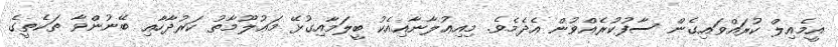
އީމެއިލް ކުރައްވައިގެން ސާފުކުރެއްވުން އެދެމެވެ. މިއިޢުލާނާއިއެކު ބީލަމާއިގުޅޭ މަޢުލޫމާތު ކަރުދާހާއި ބޭނުންވާ ތަކެތީގެ